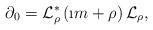
LaTeX: \begin{align*}\partial_{0}=\mathcal{L}_{\rho}^{\ast}\left(\i m+\rho\right)\mathcal{L}_{\rho},\end{align*}